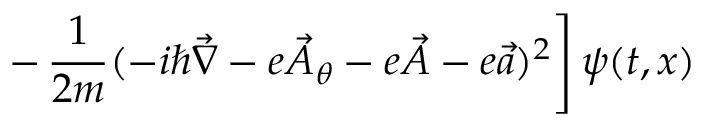
\left. - \, \frac { 1 } { 2 m } ( - i \hbar { \vec { \nabla } } - e { \vec { A } } _ { \theta } - e { \vec { \cal A } } - e { \vec { a } } ) ^ { 2 } \right] \psi ( t , x )